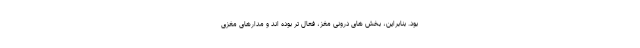
بود. بنابراین، بخش های درونی مغز، فعال تر بوده اند و مدارهای مغزی